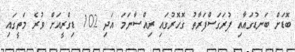
ބޮޑަށް ބަނޑުގައާއި ފުރަގަސްފަރާތު ގޮހޮރުގައި ރިއްސާނަމަ އަދި 102 ޑިގްރީއަށް ވުރެ މަތީގައި